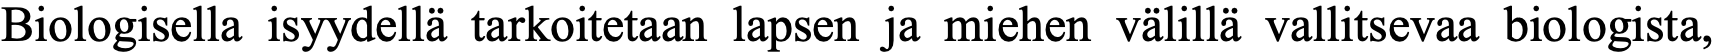
Biologisella isyydellä tarkoitetaan lapsen ja miehen välillä vallitsevaa biologista,